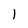
Character: l